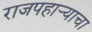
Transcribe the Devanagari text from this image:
राजपहार्‍याचा